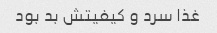
غذا سرد و کیفیتش بد بود